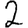
Digit: 2